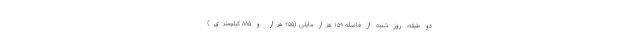
دو طبقه، روز شنبه از فاصله ۱۵۹ هزار مایلی (۲۵۵ هزار و ۸۸۵ کیلومتری)